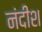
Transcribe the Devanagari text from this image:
नंदीश